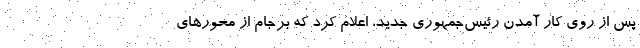
پس از روی کار آمدن رئیس‌جمهوری جدید، اعلام کرد که برجام از محورهای